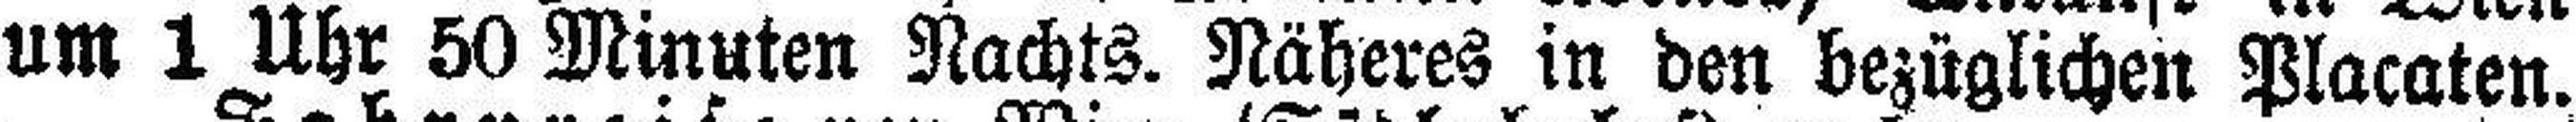
um 1 Uhr 50 Minuten Nachts. Näheres in den bezüglichen Placaten.